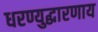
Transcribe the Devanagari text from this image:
धरण्युद्धारणाय